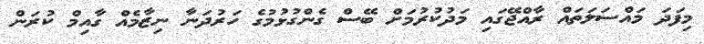
މިފަދަ މައްސަލަތައް ރާއްޖޭގައި މަދުކުރުމަށް ބޭސް ގެންގުޅުމުގެ ހަރުދަނާ ނިޒާމެއް ގާއިމް ކުރަން